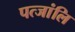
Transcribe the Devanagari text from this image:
पत्जांलि